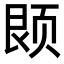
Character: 𫖱